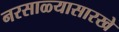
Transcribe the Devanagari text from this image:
नरसाळ्यासारखे